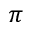
\pi